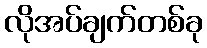
လိုအပ်ချက်တစ်ခု